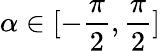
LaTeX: \alpha\in[-\frac{\pi}{2},\frac{\pi}{2}]